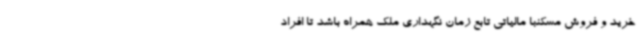
خرید و فروش مسکنبا مالیاتی تابع زمان نگهداری ملک همراه باشد تا افراد